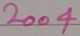
Text: 2004